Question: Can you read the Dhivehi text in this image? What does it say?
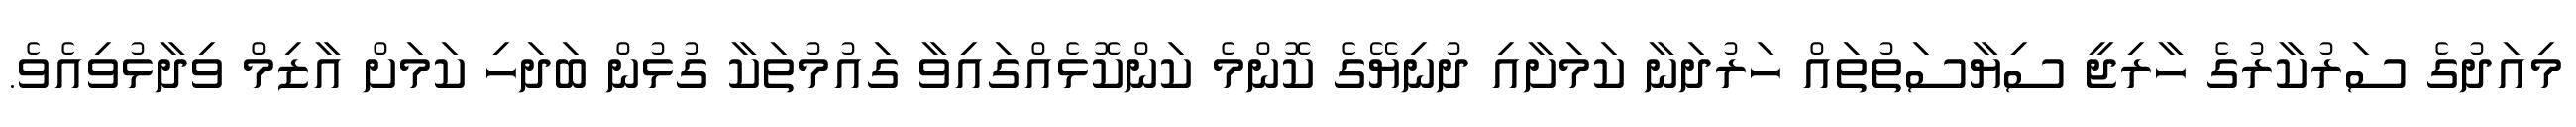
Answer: މިއަދުގެ ސަރުކާރުގެ ހާރިޖީ ސިޔާސަތުތައް ހަރުދަނާ ކަމަށާއި ދުނިޔޭގެ ކޮންމެ ކަންކޮޅެއްގައިވާ ގައުމުތަކާ ގުޅުން ބަދަހި ކަމަށް އާޒިމް ވިދާޅުވިއެވެ.